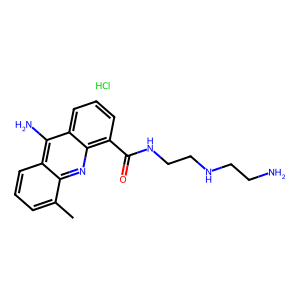
SMILES: Cc1cccc2c(N)c3cccc(C(=O)NCCNCCN)c3nc12.Cl
Inhibits HIV replication: No